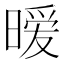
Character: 暧